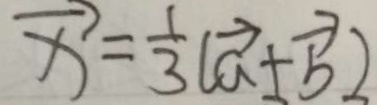
\overrightarrow { x } = \frac { 1 } { 3 } ( \overrightarrow { a } + \overrightarrow { b } )